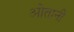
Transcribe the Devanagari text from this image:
ओतानी